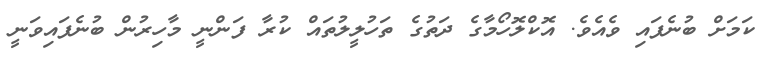
ކަމަށް ބުނެފައި ވެއެވެ. އޮކްލޮހޯމާގެ ދަތުގެ ތަހުލީލުތައް ކުރާ ފަންނީ މާހިރުން ބުނެފައިވަނީ